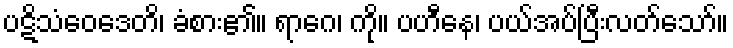
ပဋိသံဝေဒေတိ၊ ခံစား၏။ ရာဂေ၊ ကို။ ပဟီနေ၊ ပယ်အပ်ပြီးလတ်သော်။